Plague in India, 1896, 1897 - Volume 1
Year: 1896
Disease focus: Plague
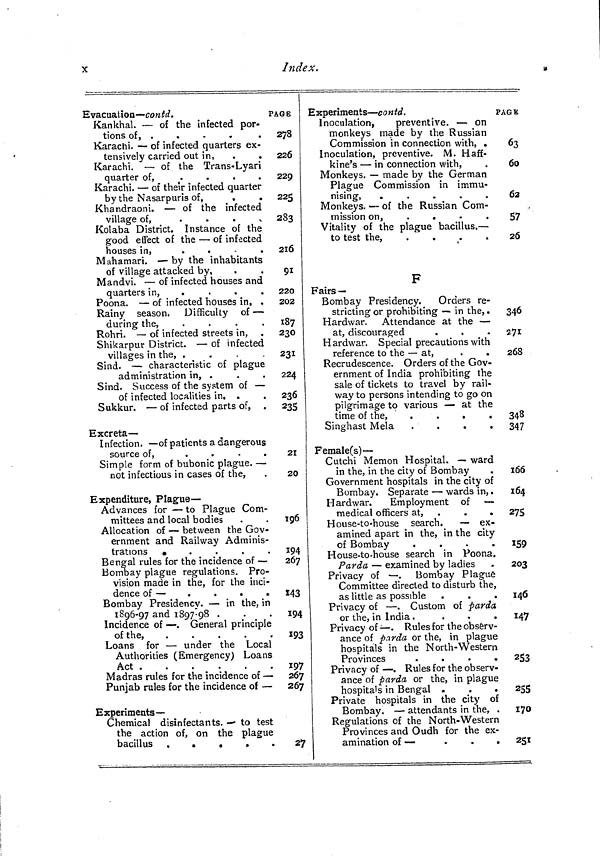
X
Index.
Evacuation — contd.
Kankhal. — of the infected por-
tions of,
....
Karachi. — of infected quarters ex-
tensively carried out in,
Karachi. — of the Trans-Lyari
quarter of, .
.
.
.
Karachi. — of their infected quarter
by the Nasarpuris of,
.
Khandraoni. — of the infected
village of,
.
Kolaba District. Instance of the
good effect of the — of infected
houses in,
.
.
.
.
Mahamari. — by the inhabitants
of village attacked by,
Mandvi. — of infected houses and
quarters in,
....
Poona. — of infected houses in, .
Rainy season. Difficulty of —
during the,
.
.
.
.
Rohri. — of infected streets in,
Shikarpur District. — of infected
villages in the, .
.
.
.
Sind. — characteristic of plague
administration in, .
Sind. Success of the system of —
of infected localities in, .
Sukkur. — of infected parts of,
Excreta —
Infection. — of patients a dangerous
source of,
.
.
.
.
Simple form of bubonic plague. —
not infectious in cases of the,
Expenditure, Plague —
Advances for — to Plague Com-
mittees and local bodies
Allocation of — between the Gov-
ernment and Railway Adminis-
trations •
Bengal rules for the incidence of —
Bombay plague regulations. Pro-
vision made in the, for the inci-
dence of —
.
.
.
.
Bombay Presidency. — in the, in
1896-97 and 1897-98 .
Incidence of — . General principle
of the,
Loans for — under the Local
Authorities (Emergency) Loans
Act
Madras rules for the incidence of —
Punjab rules for the incidence of —
Experiments—
Chemical disinfectants. — to test
the action of, on the plague
bacillus
PAGE
278
226
229
225
283
216
91
220
202
187
230
231
224
236
235
21
20
196
194
267
143
194
193
197
267
267
27
Experiments — contd.
Inoculation,
preventive. — on
monkeys made by the Russian
Commission in connection with, .
Inoculation, preventive. M. Haff-
kine's — in connection with,
Monkeys. — made by the German
Plague Commission in immu-
nising,
.
.
.
.
.
Monkeys. — of the Russian Com-
mission on, .
.
.
.
Vitality of the plague bacillus. —
to test the,
.
.
.
.
F
Fairs —
Bombay Presidency.
Orders re-
stricting or prohibiting — in the, .
Hardwar. Attendance at the —
at, discouraged
H ardwar. Special precautions with
reference to the — at,
Recrudescence. Orders of the Gov-
ernment of India prohibiting the
sale of tickets to travel by rail-
way to persons intending to go on
pilgrimage to various — at the
time of the,
.
.
.
.
Singhast Mela
.
.
.
.
Female(s) —
Cutchi Memon Hospital. — ward
in the, in the city of Bombay
Government hospitals in the city of
Bombay. Separate — wards in, .
Hardwar.
Employment of —
medical officers at, .
.
.
House-to-house search.
— ex-
amined apart in the, in the city
of Bombay
.
.
.
.
House-to-house search in Poona.
Parda — examined by ladies
Privacy of —
Bombay Plagué
Committee directed to disturb the,
as little as possible
Privacy of — . Custom of parda
or the, in India .
.
.
.
Privacy of — . Rules for the observ-
ance of parda or the, in plague
hospitals in the North- Western
Provinces
.
.
.
.
Privacy of — . Rules for the observ-
ance of parda or the, in plague
hospita's in Bengal .
.
.
Private hospitals in the city of
Bombay. — attendants in the, .
Regulations of the North-Western
Provinces and Oudh for the ex-
amination of —
.
.
•
PAGE
63
60
62
57
26
346
271
268
348
347
166
164
275
159
203
146
147
253
255
170
251